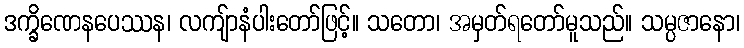
ဒက္ခိဏေနပေဿန၊ လကျ်ာနံပါးတော်ဖြင့်။ သတော၊ အမှတ်ရတော်မူသည်။ သမ္ပဇာနော၊